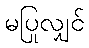
မပြုလျှင်